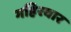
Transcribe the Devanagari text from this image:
गहिरवार